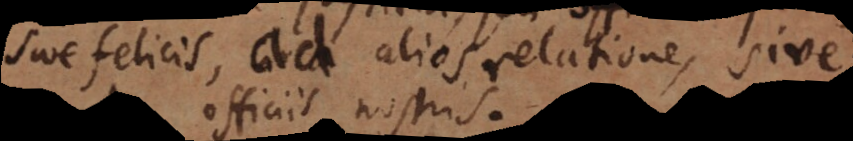
felicis, ad alios relatione, sive